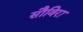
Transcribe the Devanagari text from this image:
सौविरा